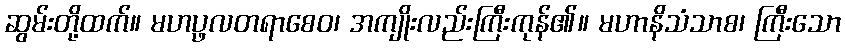
ဆွမ်းတို့ထက်။ မဟပ္ဖလတရာစေဝ၊ အကျိုးလည်းကြီးကုန်၏။ မဟာနိသံသာစ၊ ကြီးသော